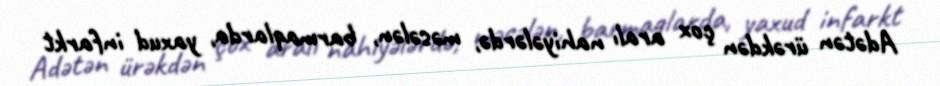
Adətən ürəkdən çox aralı nahiyələrdə, məsələn, barmaqlarda, yaxud infarkt